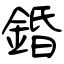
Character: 錉